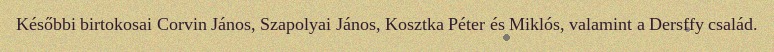
Későbbi birtokosai Corvin János, Szapolyai János, Kosztka Péter és Miklós, valamint a Dersffy család.